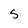
Character: s